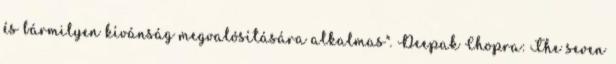
és bármilyen kívánság megvalósítására alkalmas". Deepak Chopra: The seven